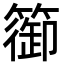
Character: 篽